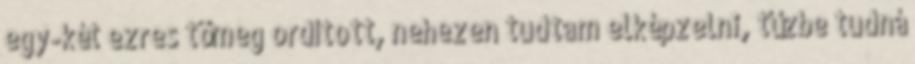
egy-két ezres tömeg ordított, nehezen tudtam elképzelni, tűzbe tudná